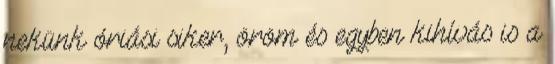
nekünk óriási siker, öröm és egyben kihívás is a